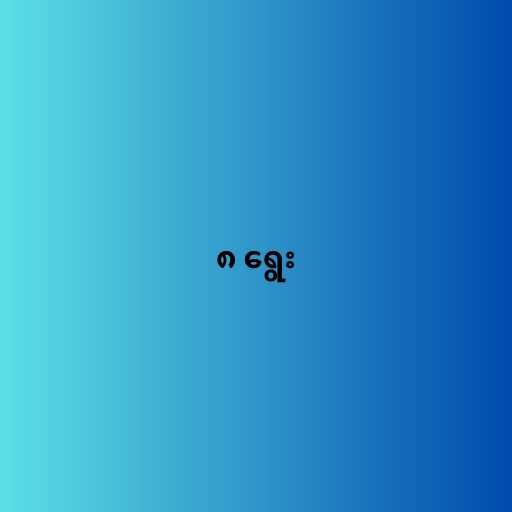
၈ ရွေး